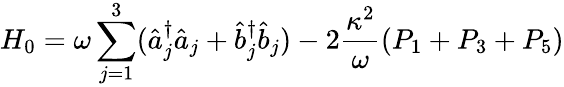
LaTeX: H_{0}=\omega\sum_{j=1}^{3}(\hat{a}_{j}^{\dagger}\hat{a}_{j}+\hat{b}_{j}^{\dagger}\hat{b}_{j})-2\frac{\kappa^{2}}{\omega}\left(P_{1}+P_{3}+P_{5}\right)